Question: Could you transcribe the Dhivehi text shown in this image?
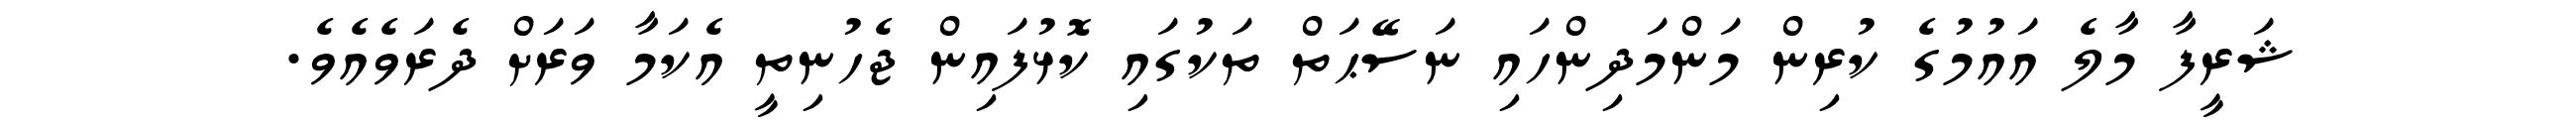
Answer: ޝަރީފާ މާލެ އައުމުގެ ކުރިން މަންމަދިންހައި ނަސޭޙަތް ތަކުގައި ކޮޅުފައިން ޖެހުނިތީ އެކަމާ ވަރަށް ދެރަވެއެވެ.